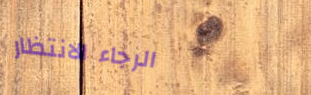
الرجاء الانتظار